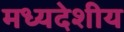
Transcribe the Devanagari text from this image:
मध्‍यदेशीय